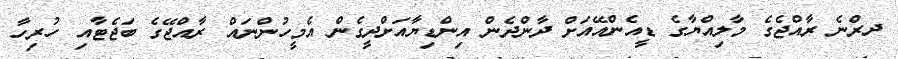
ދރްނެ ރާއްޖެގެ މާލިއްޔާގެ ޑީއެންއޭއަށް ދާންދެން އިންޑިޔާއަށްދީގެން އެމީހުންނައް ރާއްޖޭގެ ބަޖެޓާއި ހުރިހާ